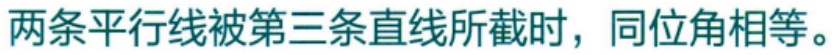
两条平行线被第三条直线所截时，同位角相等。